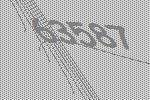
63587